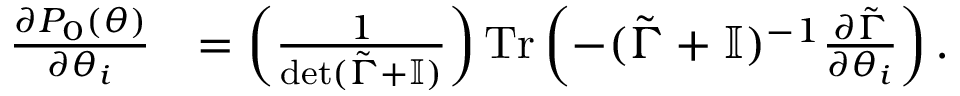
\begin{array} { r l } { \frac { \partial P _ { 0 } ( \boldsymbol { \theta } ) } { \partial \theta _ { i } } } & { = \left( \frac { 1 } { \det ( \tilde { \Gamma } + \mathbb { I } ) } \right) \operatorname { T r } \left( - ( \tilde { \Gamma } + \mathbb { I } ) ^ { - 1 } \frac { \partial \tilde { \Gamma } } { \partial \theta _ { i } } \right) . } \end{array}